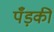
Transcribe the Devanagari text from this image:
पँड़की